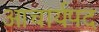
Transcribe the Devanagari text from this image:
आचार्यपद